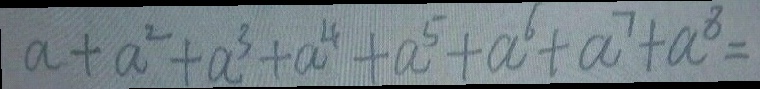
a + a ^ { 2 } + a ^ { 3 } + a ^ { 4 } + a ^ { 5 } + a ^ { 6 } + a ^ { 7 } + a ^ { 8 } =